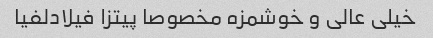
خیلی عالی و خوشمزه مخصوصا پیتزا فیلادلفیا